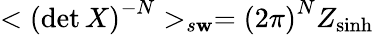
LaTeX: <\left(\operatorname*{det}X\right)^{-N}>_{s\mathbf{w}}=\left(2\pi\right)^{N}Z_{\sinh}